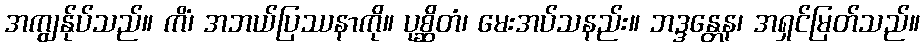
အကျွန်ုပ်သည်။ ကိံ၊ အဘယ်ပြဿနာကို။ ပုစ္ဆိတံ၊ မေးအပ်သနည်း။ ဘဒ္ဒန္တေန၊ အရှင်မြတ်သည်။